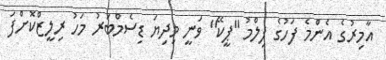
އާމިރުގެ އެންމެ ފަހުގެ ފިލްމު "ޕީކޭ" ވަނީ މިދިޔަ ޑިސެމްބަރު މަހު ރިލީޒްކޮށްފަ